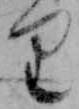
り